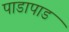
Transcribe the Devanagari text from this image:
पाडापाड